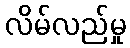
လိမ်လည်မှု